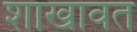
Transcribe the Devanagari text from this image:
शाखावत